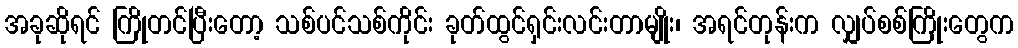
အခုဆိုရင် ကြိုတင်ပြီးတော့ သစ်ပင်သစ်ကိုင်း ခုတ်ထွင်ရှင်းလင်းတာမျိုး၊ အရင်တုန်းက လျှပ်စစ်ကြိုးတွေက